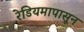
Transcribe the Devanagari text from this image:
रेडियमापासून